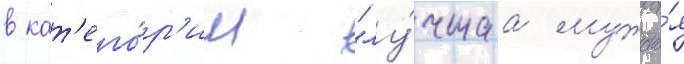
в кат'его́р'ии "лу́чшаа мужска́я